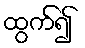
ထွက်၍